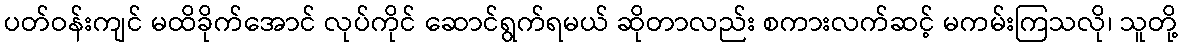
ပတ်ဝန်းကျင် မထိခိုက်အောင် လုပ်ကိုင် ဆောင်ရွက်ရမယ် ဆိုတာလည်း စကားလက်ဆင့် မကမ်းကြသလို၊ သူတို့